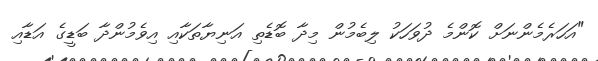
"އަހަރެމެންނަށް ކޮންމެ ދުވަހަކު ލިބެމުން މިދާ ބޮޑެތި އަނިޔާތަކާއި އިވެމުންދާ ބަޑީގެ އަޑާއި